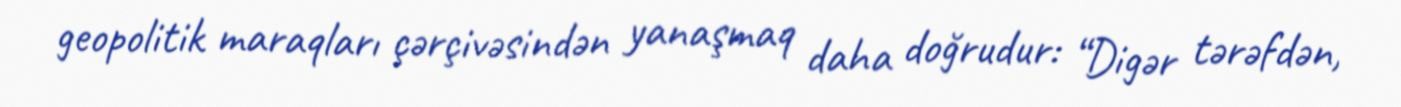
geopolitik maraqları çərçivəsindən yanaşmaq daha doğrudur: “Digər tərəfdən,